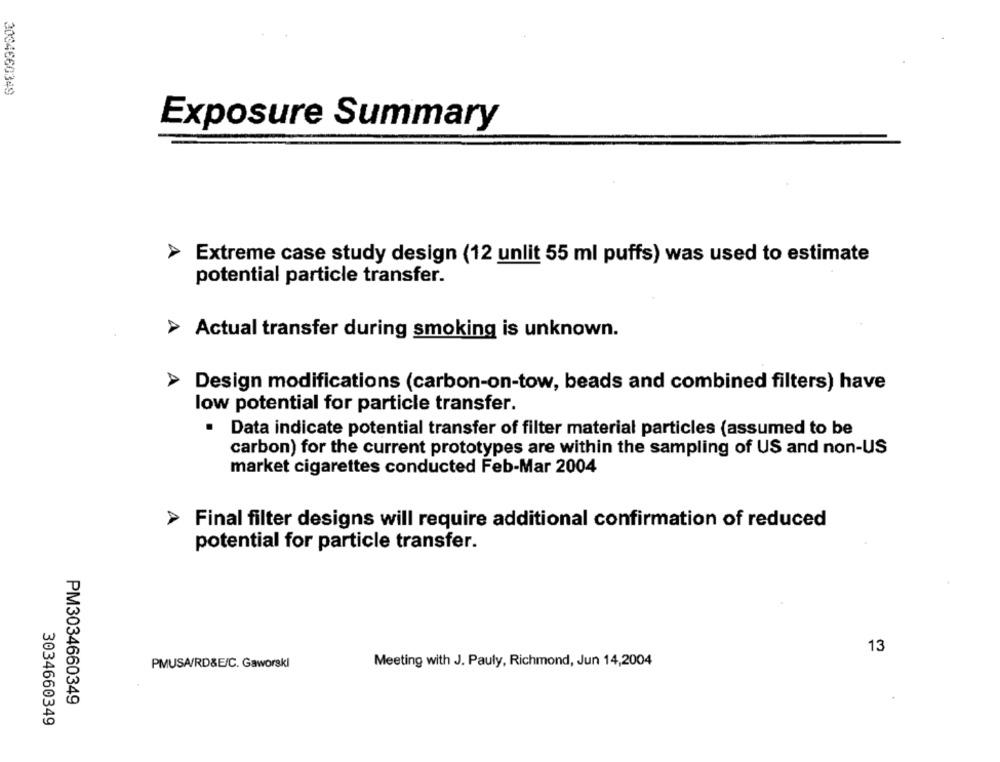
3004660349
Exposure Summary
Extreme case study design (12 unlit 55 ml puffs) was used to estimate
potential particle transfer.
> Actual transfer during smoking is unknown.
Design modifications (carbon-on-tow, beads and combined filters) have
low potential for particle transfer.
Data indicate potential transfer of filter material particles (assumed to be
carbon) for the current prototypes are within the sampling of US and non-US
market cigarettes conducted Feb-Mar 2004
Final filter designs will require additional confirmation of reduced
potential for particle transfer.
13
Meeting with J. Pauly, Richmond, Jun 14,2004
PMUSA/RD&E/C. Gaworski
PM3034660349
3034660349